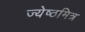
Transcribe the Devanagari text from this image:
ज्येष्ठमित्र